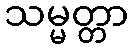
သမ္မတ္တာ